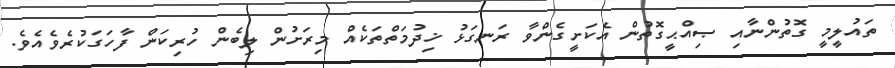
ތައުލީމީ ގޮތުންނާއި ޞިއްޙީގޮތުން އެކަށީގެންވާ ރަނގަޅު ޚިދުމަތްތަކެއް މިރަށުން ލިބެން ހުރިކަން ފާހަގަކުރެވެއެވެ.